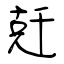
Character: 兛